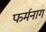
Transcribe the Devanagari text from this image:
फर्मनाग